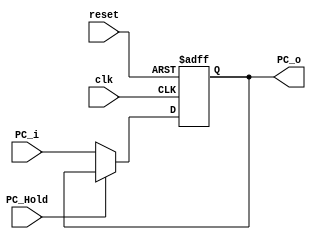
`timescale 1ns / 1ps
//////////////////////////////////////////////////////////////////////////////////
// Company: Tsinghua University
// 
// Design Name: PipelineCPU
// Module Name: PC
// Project Name: PipelineCPU
// Target Devices: xc7a35tcpg236-1
// Tool Versions: Vivado 2017.3
// Description: Program counter register.
// 
// Dependencies: None
// 
// Revision: None
// Revision 0.01 - File Created
// Additional Comments: None
// 
//////////////////////////////////////////////////////////////////////////////////


module PC
(
    input wire clk,
    input wire reset,
    input wire [31:0] PC_i,
    input wire PC_Hold,
    output reg [31:0] PC_o
);

initial begin
    PC_o <= 32'h00400000;
end

always @(posedge clk or posedge reset) begin
    if (reset) begin
        PC_o <= 32'h00400000;
    end
    else begin
        if (!PC_Hold) PC_o <= PC_i;
    end
end

endmodule